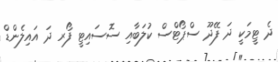
ދެ ޓީމަކީ ދަ ފޭދޫ ސްޕޯޓްސް ކުލަބާއި ސޮސައިޓީ ފޯރ ދަ އައިލެންޑް